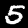
Digit: 5